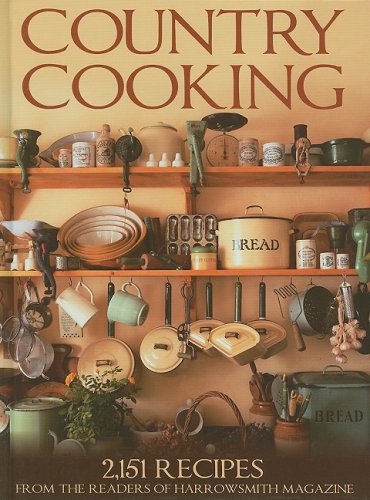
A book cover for Country Cooking: 2,151 Recipes from the Readers of Harrowsmith Magazine; Editors and Readers of Harrowsmith Magazine; Cookbooks, Food & Wine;